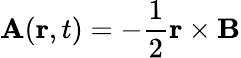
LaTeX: {\mathbf{A}}(\mathbf{r},t)=-{\frac{1}{2}}\mathbf{r}\times\mathbf{B}